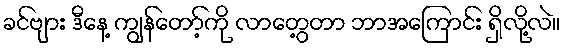
ခင်ဗျား ဒီနေ့ ကျွန်တော့်ကို လာတွေ့တာ ဘာအကြောင်း ရှိလို့လဲ။